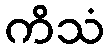
ကိသံ